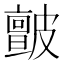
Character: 皽